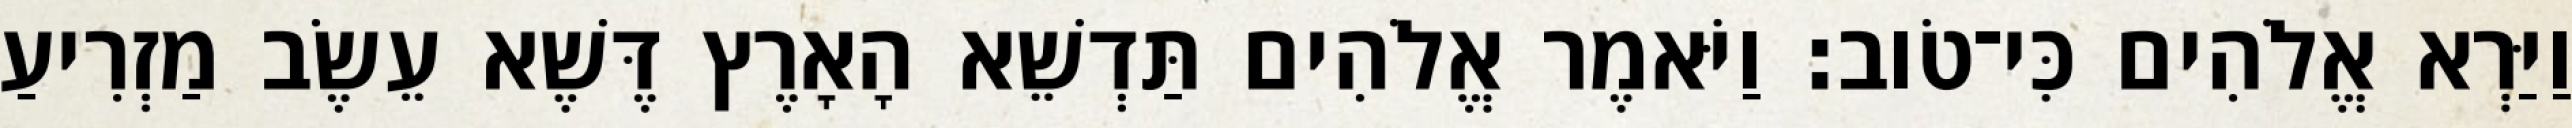
וַיַּרְא אֱלֹהִים כִּי־טֹוב׃ וַיֹּאמֶר אֱלֹהִים תַּדְשֵׁא הָאָרֶץ דֶּשֶׁא עֵשֶׂב מַזְרִיעַ